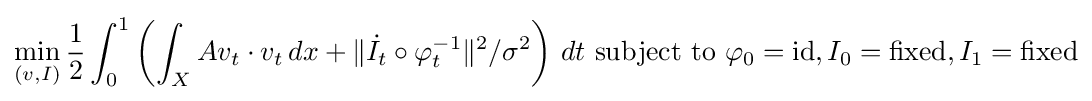
\min _{(v,I)}{\frac {1}{2}}\int _{0}^{1}\left(\int _{X}Av_{t}\cdot v_{t}\,dx+\|{\dot {I}}_{t}\circ \varphi _{t}^{-1}\|^{2}/\sigma ^{2}\right)\,dt{\text{ subject to}}\ \varphi _{0}={\rm {id}},I_{0}={\text{fixed}},I_{1}={\text{fixed}}